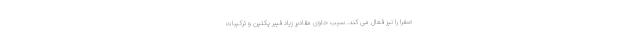
صفرا را نیز فعال می کند. سیب حاوی مقادیر زیاد فیبر پکتین و ترکیبات